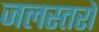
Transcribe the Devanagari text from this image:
जलस्तरों